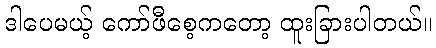
ဒါပေမယ့် ကော်ဖီစေ့ကတော့ ထူးခြားပါတယ်။